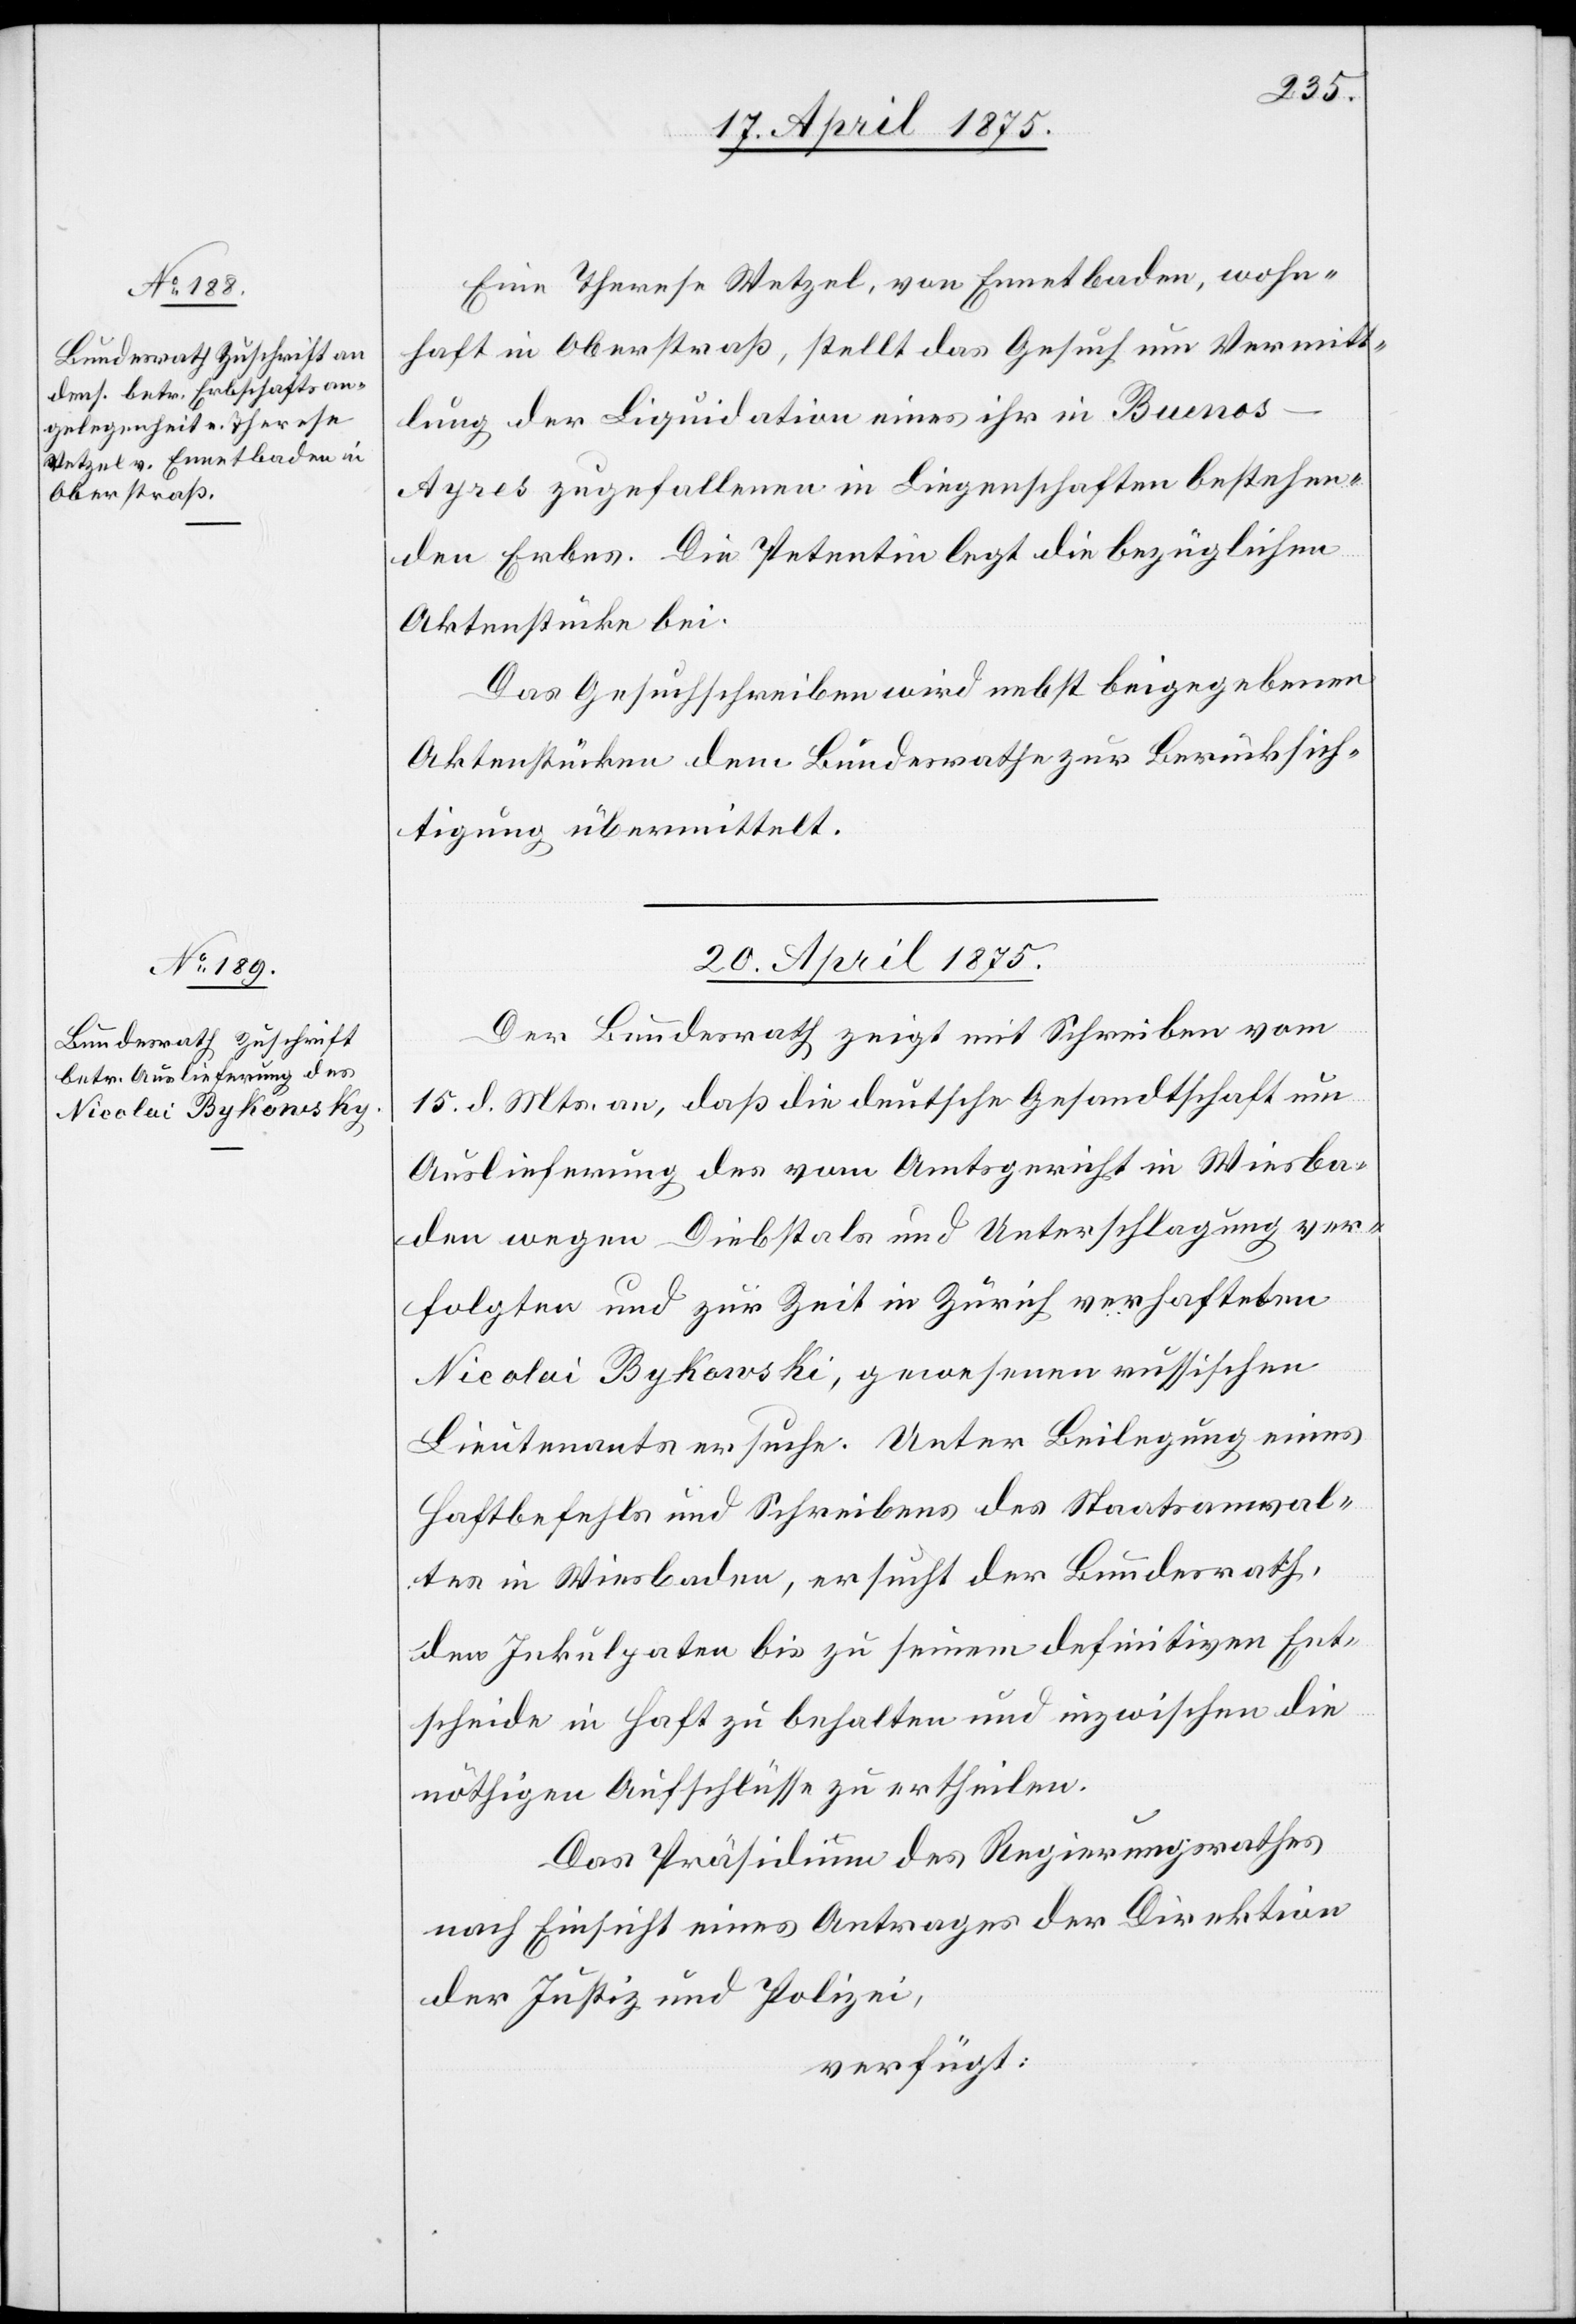
19. April 1875.]
Eine Therese Wetzel, von Ennetbaden, wohn¬
haft in Oberstraß, stellt das Gesuch um Vermitt¬
lung der Liquidation eines ihr in Bueno¬
s-Ayres zugefallenen in Liegenschaften bestehen¬
den Erbes. Die Petentin legt die bezüglichen
Aktenstücke bei.
Das Gesuchschreiben wird nebst beigegebenen
Aktenstücken dem Bundesrathe zur Berücksich¬
tigung übermittelt.
20. April 1875.
Der Bundesrath zeigt mit Schreiben vom
15. d. Mts. an, daß die deutsche Gesandtschaft um
Auslieferung des vom Amtsgericht in Wiesba¬
den wegen Diebstals und Unterschlagung ver¬
folgten und zur Zeit in Zürich verhafteten
Nicolai Bykowski [sic!], gewesenen russischen
Lieutenants ersuche. Unter Beilegung eines
Haftbefehls und Schreibens des Staatsanwal¬
tes in Wiesbaden, ersucht der Bundesrath,
den Inkulpaten bis zu seinem definitiven Ent¬
scheide in Haft zu behalten und inzwischen die
nöthigen Aufschlüsse zu ertheilen.
Das Präsidium des Regierungsrathes
nach Einsicht eines Antrages der Direktion
der Justiz und Polizei,
verfügt: